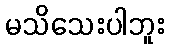
မသိသေးပါဘူး